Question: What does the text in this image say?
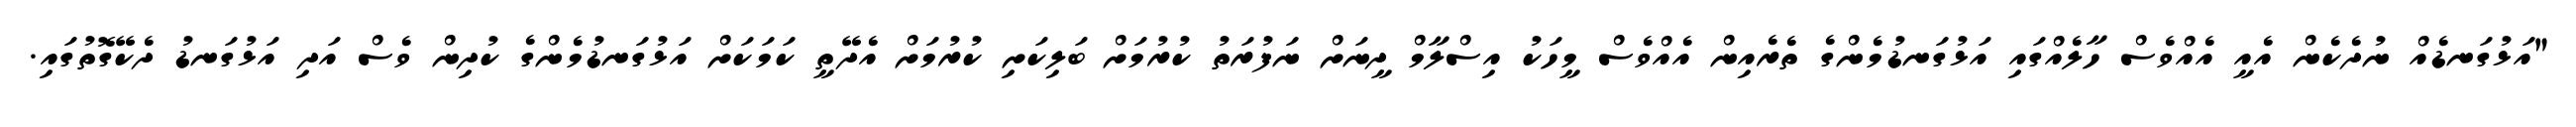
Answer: "އަޅުގަނޑެއް ނުދެކެން އެއީ އެއްވެސް ހާލެއްގައި އަޅުގަނޑުމެންގެ ތެރެއިން އެއްވެސް މީހަކު އިސްލާމް ދީނަށް ނަފުރަތު ކުރުމަށް ބަލިކަށި ކުރުމަށް އެދޭތީ ކަމަކަށް އަޅުގަނޑުމެންގެ ކުދިން ވެސް އަދި އަޅުގަނޑު ދެކޭގޮތުގައި.